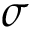
\sigma